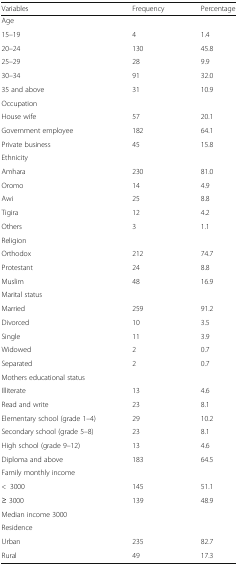
<table><thead><tr><td><b>Variables</b></td><td><b>Frequency</b></td><td><b>Percentage</b></td></tr></thead><tbody><tr><td>Age</td><td></td><td></td></tr><tr><td>15–19</td><td>4</td><td>1.4</td></tr><tr><td>20–24</td><td>130</td><td>45.8</td></tr><tr><td>25–29</td><td>28</td><td>9.9</td></tr><tr><td>30–34</td><td>91</td><td>32.0</td></tr><tr><td>35 and above</td><td>31</td><td>10.9</td></tr><tr><td>Occupation</td><td></td><td></td></tr><tr><td>House wife</td><td>57</td><td>20.1</td></tr><tr><td>Government employee</td><td>182</td><td>64.1</td></tr><tr><td>Private business</td><td>45</td><td>15.8</td></tr><tr><td>Ethnicity</td><td></td><td></td></tr><tr><td>Amhara</td><td>230</td><td>81.0</td></tr><tr><td>Oromo</td><td>14</td><td>4.9</td></tr><tr><td>Awi</td><td>25</td><td>8.8</td></tr><tr><td>Tigira</td><td>12</td><td>4.2</td></tr><tr><td>Others</td><td>3</td><td>1.1</td></tr><tr><td>Religion</td><td></td><td></td></tr><tr><td>Orthodox</td><td>212</td><td>74.7</td></tr><tr><td>Protestant</td><td>24</td><td>8.8</td></tr><tr><td>Muslim</td><td>48</td><td>16.9</td></tr><tr><td>Marital status</td><td></td><td></td></tr><tr><td>Married</td><td>259</td><td>91.2</td></tr><tr><td>Divorced</td><td>10</td><td>3.5</td></tr><tr><td>Single</td><td>11</td><td>3.9</td></tr><tr><td>Widowed</td><td>2</td><td>0.7</td></tr><tr><td>Separated</td><td>2</td><td>0.7</td></tr><tr><td>Mothers educational status</td><td></td><td></td></tr><tr><td>Illiterate</td><td>13</td><td>4.6</td></tr><tr><td>Read and write</td><td>23</td><td>8.1</td></tr><tr><td>Elementary school (grade 1–4)</td><td>29</td><td>10.2</td></tr><tr><td>Secondary school (grade 5–8)</td><td>23</td><td>8.1</td></tr><tr><td>High school (grade 9–12)</td><td>13</td><td>4.6</td></tr><tr><td>Diploma and above</td><td>183</td><td>64.5</td></tr><tr><td>Family monthly income</td><td></td><td></td></tr><tr><td>&lt;3000</td><td>145</td><td>51.1</td></tr><tr><td>≥ 3000</td><td>139</td><td>48.9</td></tr><tr><td>Median income 3000</td><td></td><td></td></tr><tr><td>Residence</td><td></td><td></td></tr><tr><td>Urban</td><td>235</td><td>82.7</td></tr><tr><td>Rural</td><td>49</td><td>17.3</td></tr></tbody></table>